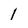
Character: 1